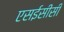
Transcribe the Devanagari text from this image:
एसईसीसी